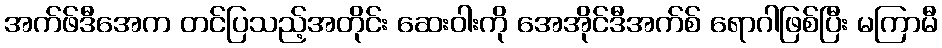
အက်ဖ်ဒီအေက တင်ပြသည့်အတိုင်း ဆေးဝါးကို အေအိုင်ဒီအက်စ် ရောဂါဖြစ်ပြီး မကြာမီ